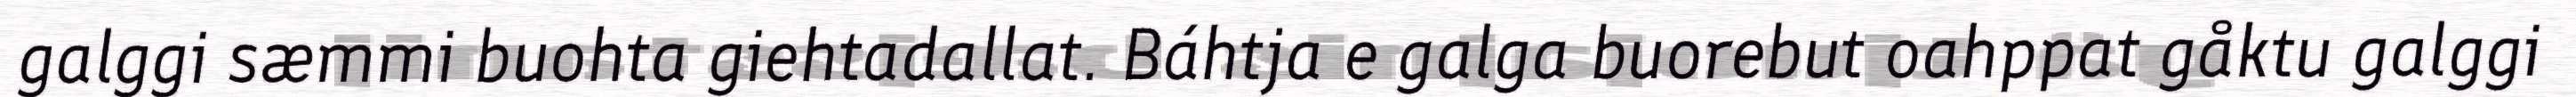
galggi sæmmi buohta giehtadallat. Báhtja e galga buorebut oahppat gåktu galggi